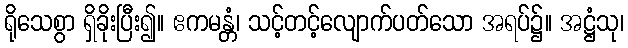
ရိုသေစွာ ရှိခိုးပြီး၍။ ဧကမန္တံ၊ သင့်တင့်လျောက်ပတ်သော အရပ်၌။ အဋ္ဌံသု၊